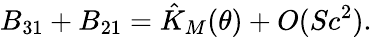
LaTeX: B_{31}+B_{21}=\hat{K}_{M}(\theta)+O(Sc^{2}).